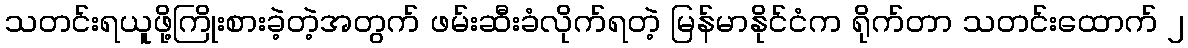
သတင်းရယူဖို့ကြိုးစားခဲ့တဲ့အတွက် ဖမ်းဆီးခံလိုက်ရတဲ့ မြန်မာနိုင်ငံက ရိုက်တာ သတင်းထောက် ၂